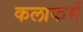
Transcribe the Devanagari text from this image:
कलाकर्म